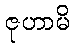
ဇုဟာမိ